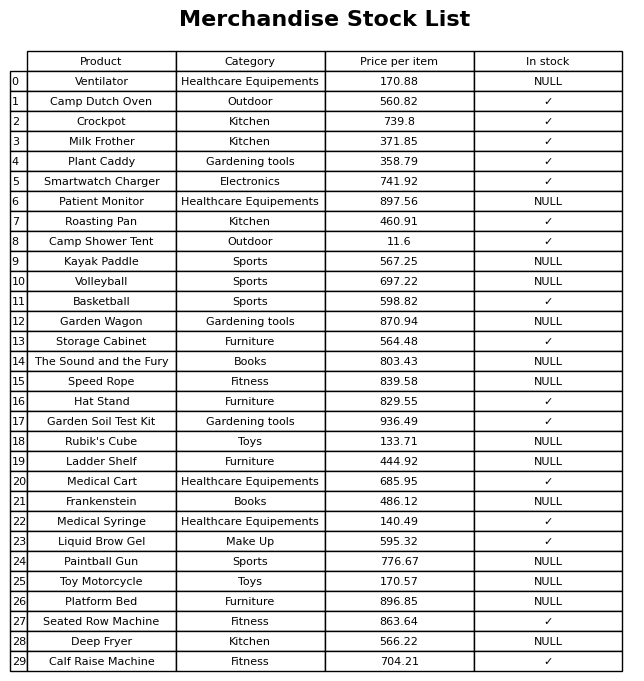
question: What is the stock status of the Basketball?
answer: ✓